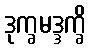
ဒုက္ခမဒ္ဒက္ခိ